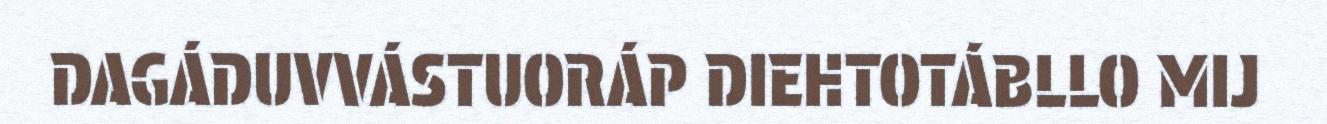
DAGÁDUVVÁSTUORÁP DIEHTOTÁBLLO MIJ